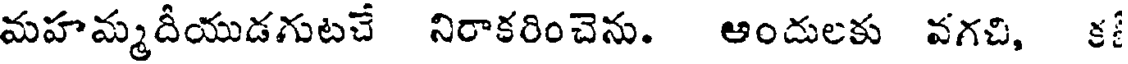
మహమ్మదీయుడగుటచే నిరాకరించెను. ఆందులకు వగచి, క